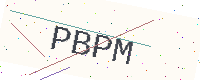
Text: PBPM